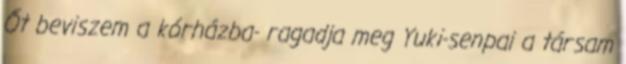
Őt beviszem a kórházba- ragadja meg Yuki-senpai a társam